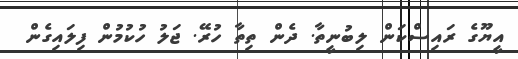
އީޔޫގެ ރައިސްކަން ލިބުނީތާ. ދެން ތިތާ ހުރޭ. ޖަލު ހުކުމުން ފިލައިގެން